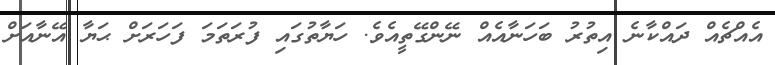
އެއްޗެއް ދައްކާނެ އިތުރު ބަހަނާއެއް ނޭންގޭތީއެވެ. ހަޔާތުގައި ފުރަތަމަ ފަހަރަށް ޙަޔާ އޭނާއަށް